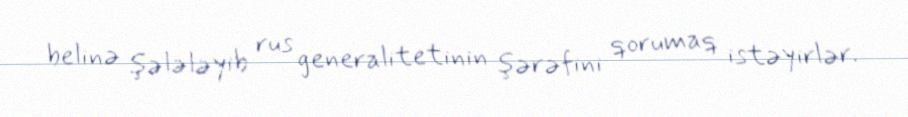
belinə şələləyib rus generalitetinin şərəfini qorumaq istəyirlər.